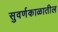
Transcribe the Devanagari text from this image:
सुवर्णकाळातील